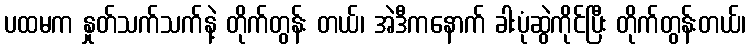
ပထမက နှုတ်သက်သက်နဲ့ တိုက်တွန်း တယ်၊ အဲဒီကနောက် ခါးပုံဆွဲကိုင်ပြီး တိုက်တွန်းတယ်၊